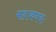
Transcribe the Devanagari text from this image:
महाकवयः